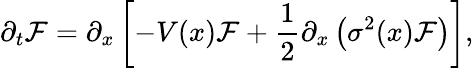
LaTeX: \partial_{t}\mathcal{F}=\partial_{x}\left[-V(x)\mathcal{F}+\frac{{1}}{{2}}\partial_{x}\left(\sigma^{2}(x)\mathcal{F}\right)\right],